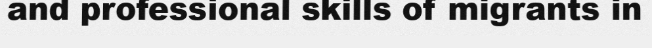
and professional skills of migrants in